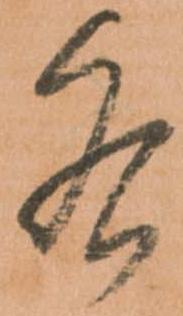
各